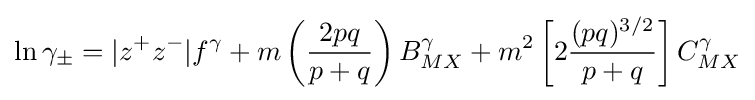
\ln \gamma _{\pm }=|z^{+}z^{-}|f^{\gamma }+m\left({\frac {2pq}{p+q}}\right)B_{MX}^{\gamma }+m^{2}\left[2{\frac {(pq)^{3/2}}{p+q}}\right]C_{MX}^{\gamma }